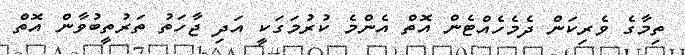
ތިމާގެ ވެރިކަން ދެމެހެއްޓެން އޮތް އެންމެ ކުރުމަގަކީ އަދި ޖާހަތު ތަރުތީބުވާން އޮތް